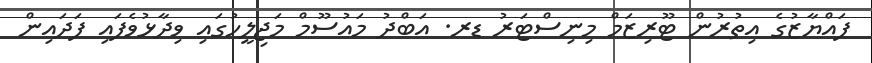
ފައްޔާޒުގެ އިތުރުން ޓޫރިޒަމް މިނިސްޓަރު ޑރ. އަބްދު މައުސޫމް މަޖިލީހުގައި ވިދާޅުވެފައި ފަދައިން